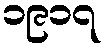
၁၉၁၇